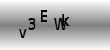
Text: v3EWk